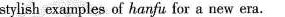
stylish examples of hanfu for a new era.